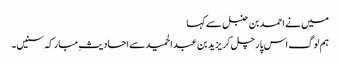
میں نے احمد بن حنبل سے کہا
ہم لوگ اس پار چل کر یزید بن عبدالحمید سے احادیثِ مبارکہ سنیں۔